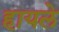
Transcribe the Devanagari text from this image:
हायले